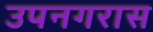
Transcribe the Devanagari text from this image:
उपनगरास